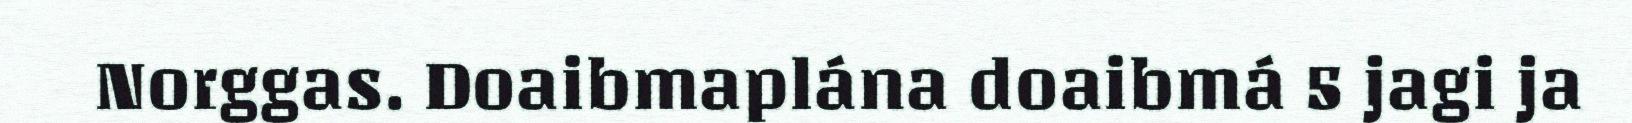
Norggas. Doaibmaplána doaibmá 5 jagi ja